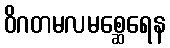
ဝိဂတမလမစ္ဆေရေန